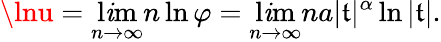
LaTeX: \lnu=\operatorname*{l\mathit{i}m}_{n\to\infty}n\ln\varphi=\operatorname*{l\mathit{i}m}_{n\to\infty}na|\mathfrak{t}|^{\alpha}\ln|\mathfrak{t}|.